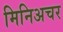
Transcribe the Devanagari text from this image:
मिनिअचर